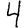
Digit: 4